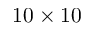
1 0 \times 1 0